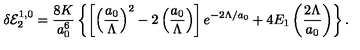
\delta { \cal E } _ { 2 } ^ { 1 , 0 } = \frac { 8 K } { a _ { 0 } ^ { 6 } } \left\{ \left[ \left( \frac { a _ { 0 } } { \Lambda } \right) ^ { 2 } - 2 \left( \frac { a _ { 0 } } { \Lambda } \right) \right] e ^ { - 2 \Lambda / a _ { 0 } } + 4 E _ { 1 } \left( \frac { 2 \Lambda } { a _ { 0 } } \right) \right\} { . }